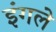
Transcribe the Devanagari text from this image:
इंगले